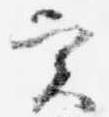
実